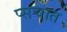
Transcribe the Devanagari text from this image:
प्सचात